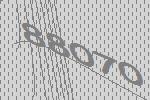
88070